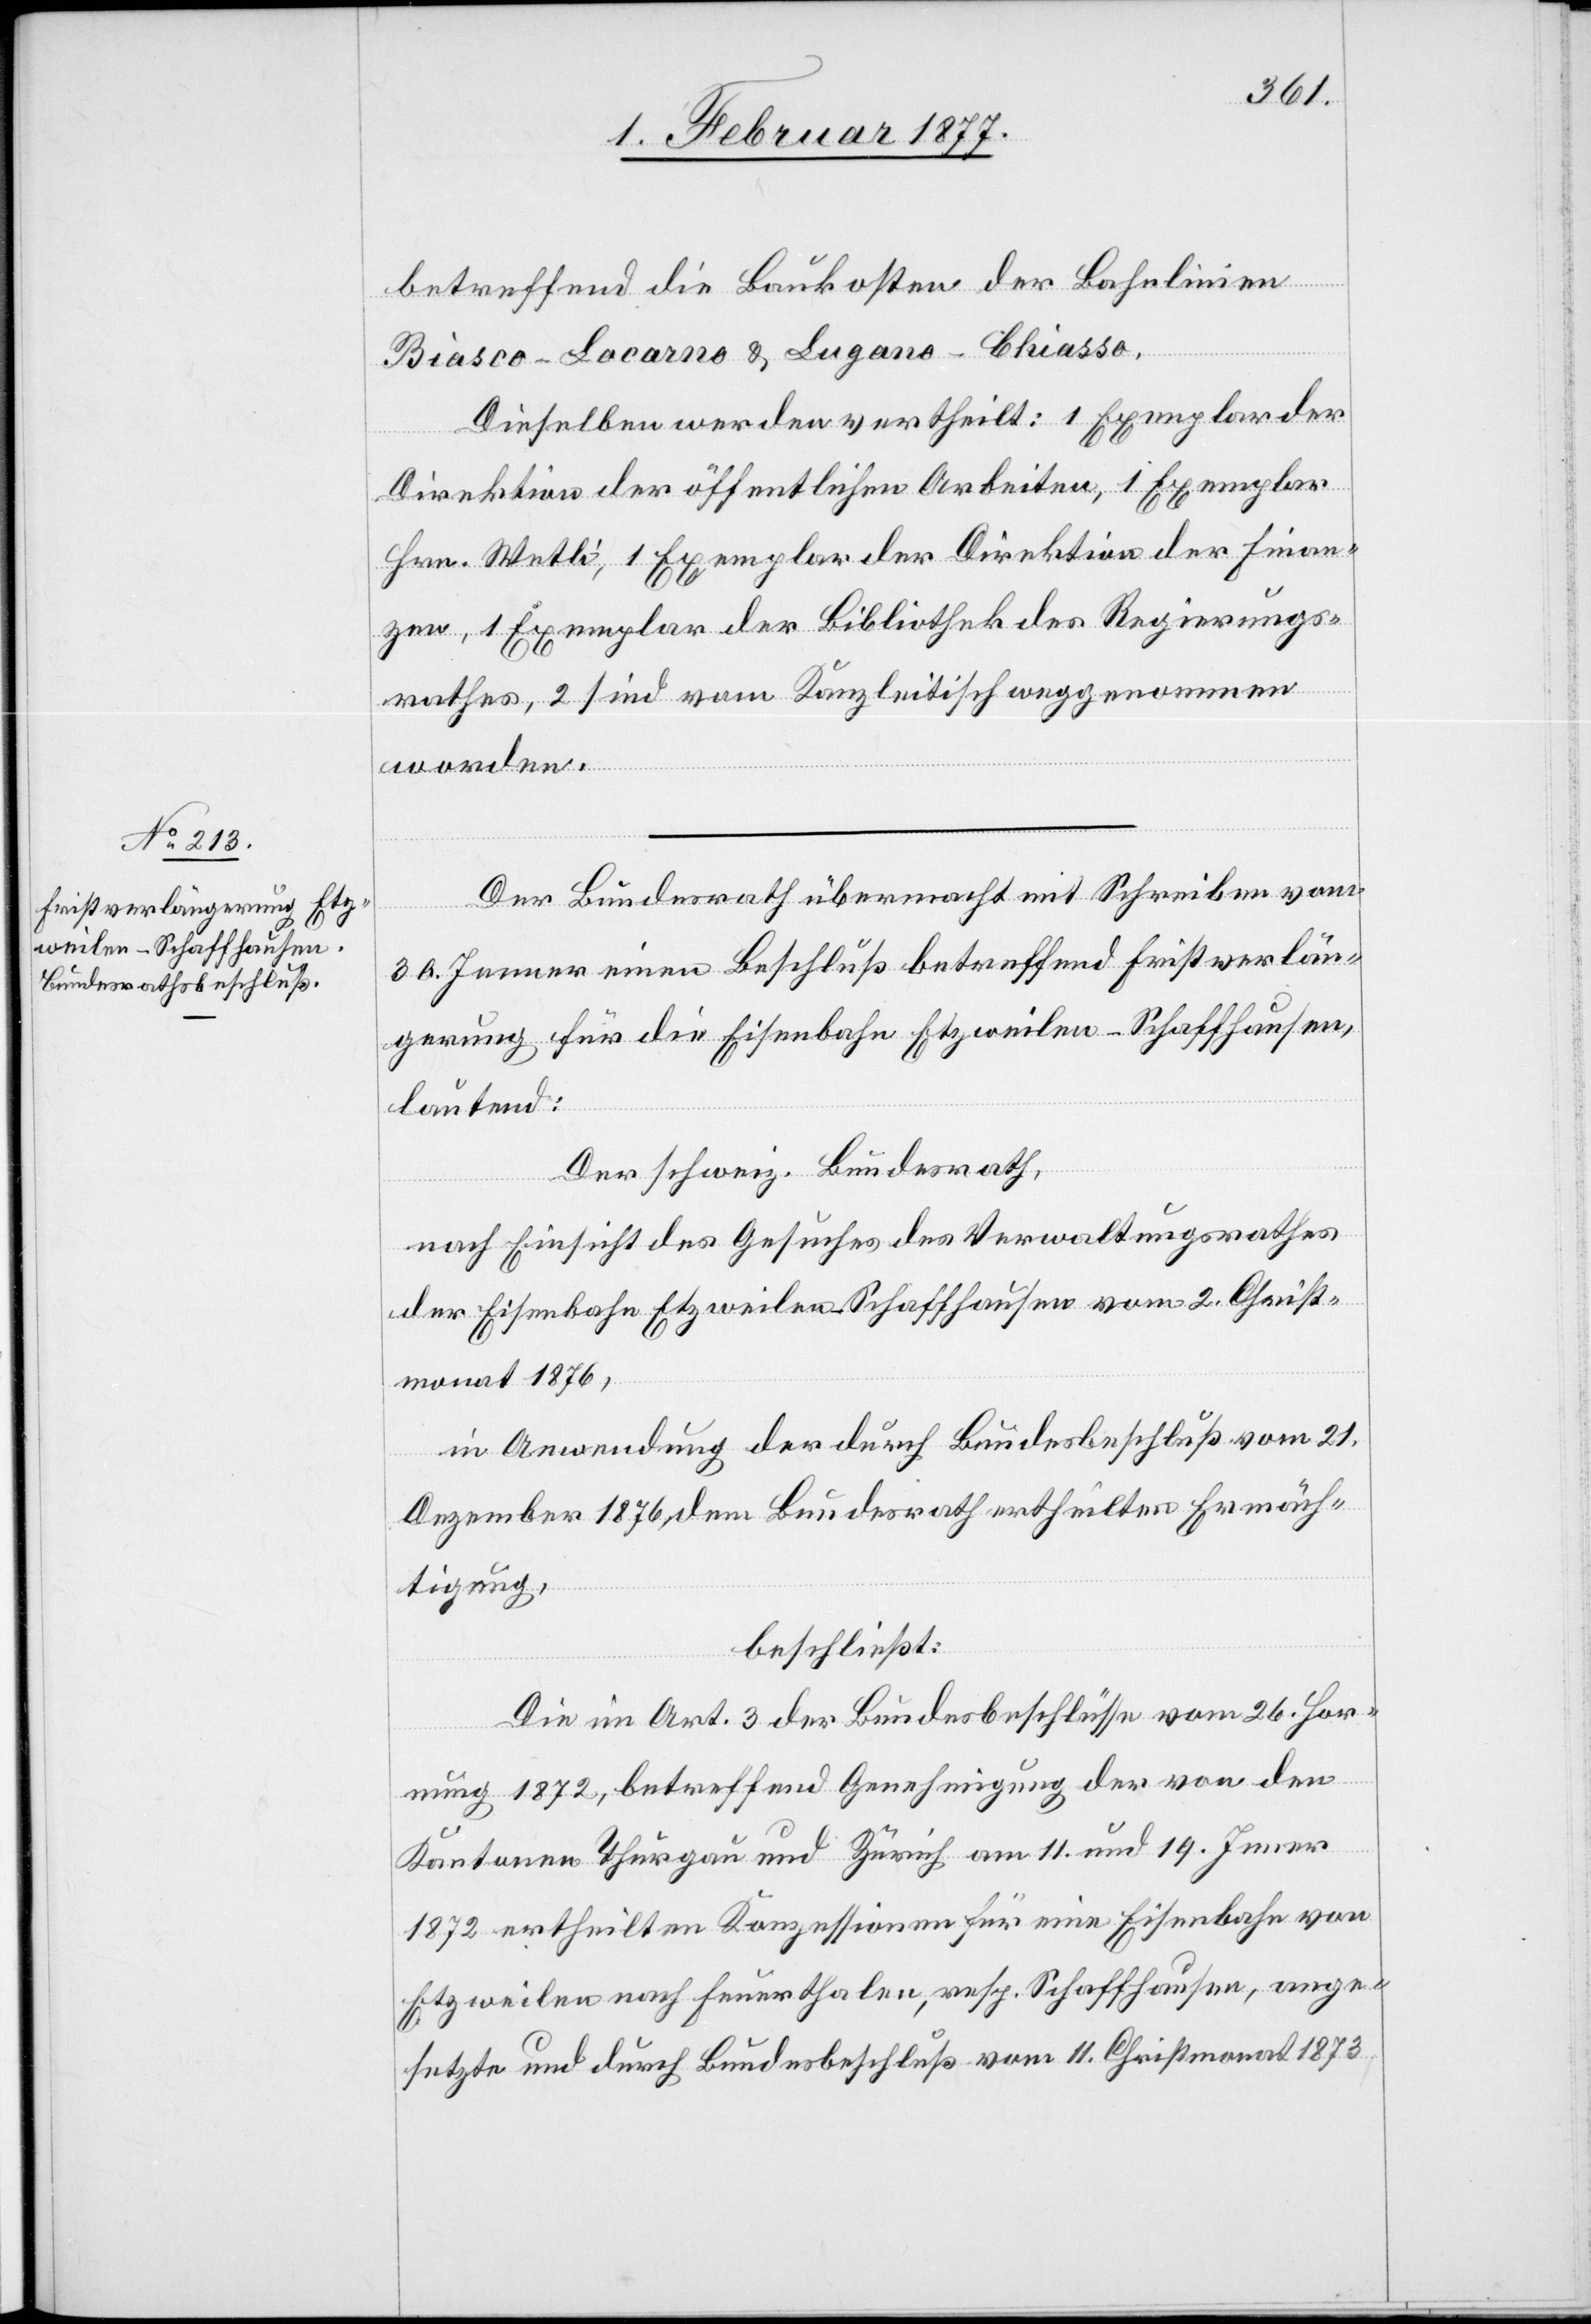
betreffend die Baukosten der Bahnlinien
Biasco–Locarno & Lugano–Chiasso.
Dieselben werden vertheilt: 1 Exemplar der
Direktion der öffentlichen Arbeiten, 1 Exemplar
Hrn. Wetli, 1 Exemplar der Direktion der Finan¬
zen, 1 Exemplar der Bibliothek des Regierungs¬
rathes, 2 sind vom Kanzleitisch weggenommen
worden.
Der Bundesrath übermacht mit Schreiben vom
30. Jenner einen Beschluß betreffend Fristverlän¬
gerung für die Eisenbahn Etzweilen–Schaffhausen,
lautend:
Der schweiz. Bundesrath,
nach Einsicht des Gesuches des Verwaltungsrathes
der Eisenbahn Etzweilen–Schaffhausen vom 2. Christ¬
monat 1876,
in Anwendung der durch Bundesbeschluß vom 21.
Dezember 1876, dem Bundesrath ertheilten Ermäch¬
tigung:
beschließt:
Die im Art. 3 der Bundesbeschlüsse vom 26. Hor¬
nung 1872, betreffend Genehmigung der von den
Kantonen Thurgau und Zürich am 11. und 19. Jenner
1872 ertheilten Konzessionen für eine Eisenbahn von
Etzweilen nach Feuerthalen, resp. Schaffhausen, ange¬
setzte und durch Bundesbeschluß vom 11. Christmonat 1873